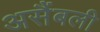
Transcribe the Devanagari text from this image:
असैंबली